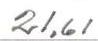
21,61